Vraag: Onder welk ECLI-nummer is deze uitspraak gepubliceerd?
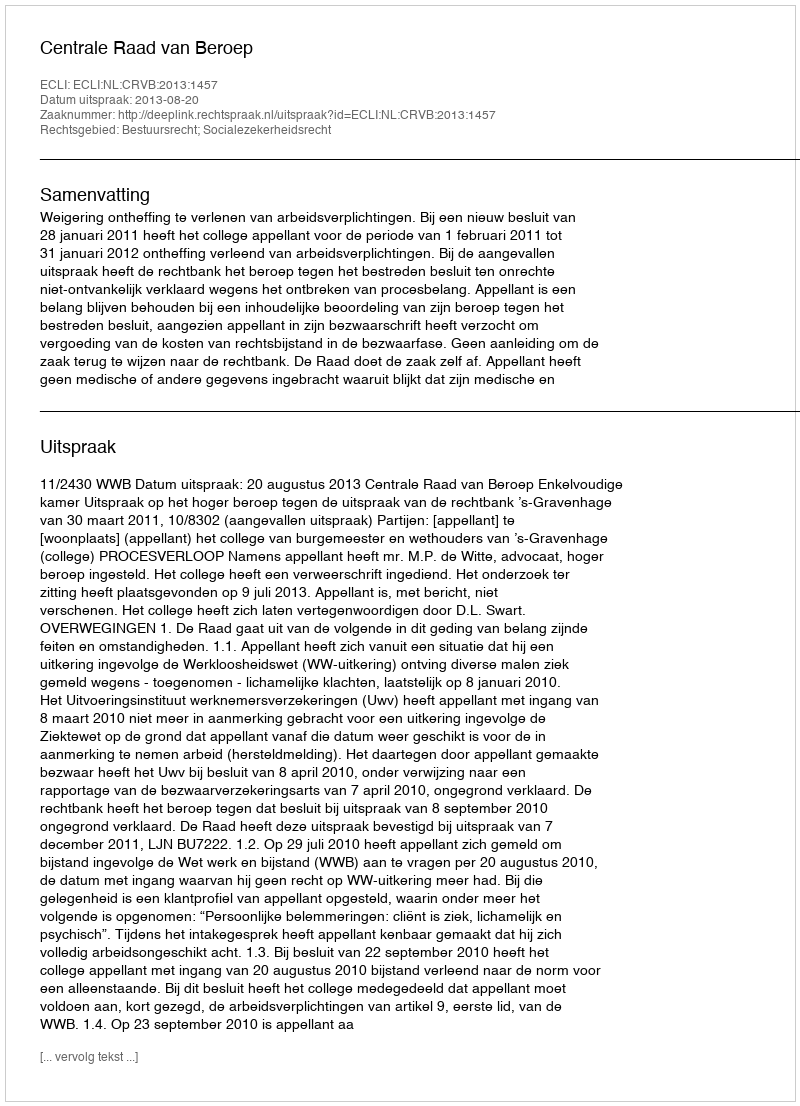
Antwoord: ECLI:NL:CRVB:2013:1457